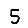
Digit: 5